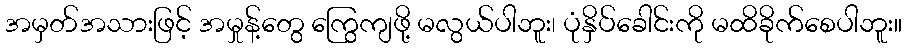
အမှတ်အသားဖြင့် အမှုန့်တွေ ကြွေကျဖို့ မလွယ်ပါဘူး၊ ပုံနှိပ်ခေါင်းကို မထိခိုက်စေပါဘူး။